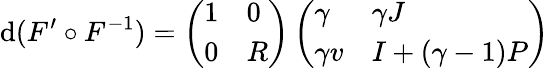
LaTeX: \mathrm{d}(F^{\prime}\circ F^{-1})=\left(\begin{array}{ll}{1}&{0}\\ {0}&{R}\end{array}\right)\left(\begin{array}{ll}{\gamma}&{\gamma J}\\ {\gamma v}&{I+(\gamma-1)P}\end{array}\right)